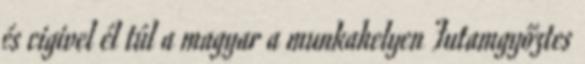
és cigivel él túl a magyar a munkahelyen Futamgyőztes